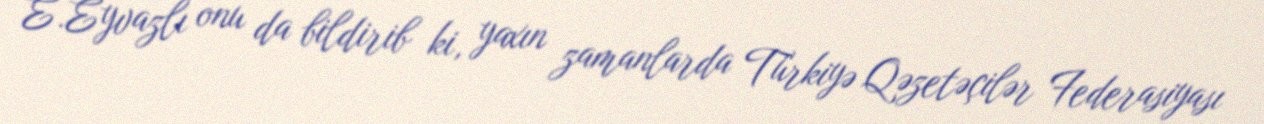
E.Eyvazlı onu da bildirib ki, yaxın zamanlarda Türkiyə Qəzetəçilər Federasiyası